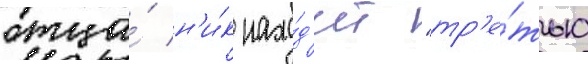
отца́ н'и́к нахо́д'ит "тр'е́тью